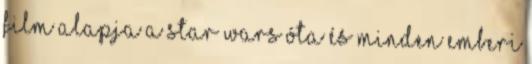
film alapja a Star Wars óta és minden emberi